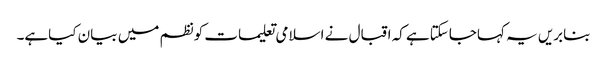
بنابریں یہ کہاجاسکتاہے کہ اقبال نے اسلامی تعلیمات کونظم میں بیان کیاہے۔